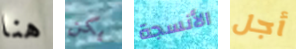
هنا يكن الأنسجة أجل